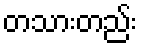
တသားတည်း